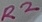
Text: R2